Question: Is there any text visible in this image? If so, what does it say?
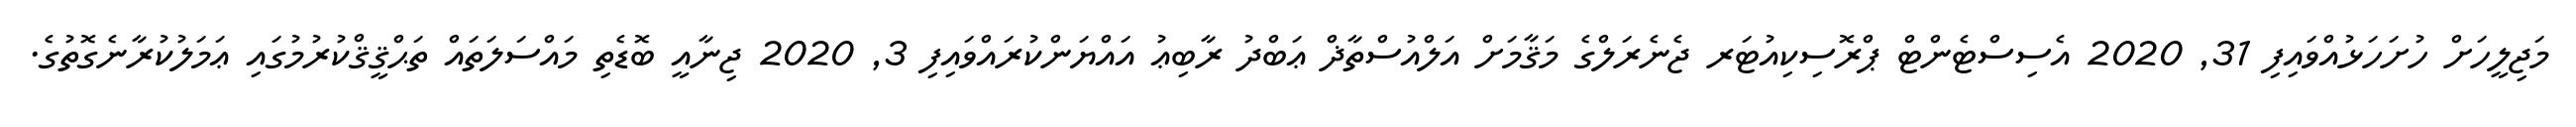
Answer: މަޖިލީހަށް ހުށަހަޅުއްވައިފި 31, 2020 އެސިސްޓެންޓް ޕްރޮސިކިއުޓަރ ޖެނެރަލްގެ މަޤާމަށް އަލްއުސްތާޛް ޢަބްދު ރާބިޢު އައްޔަންކުރައްވައިފި 3, 2020 ޖިނާއީ ބޮޑެތި މައްސަލަތައް ތަޙްޤީޤްކުރުމުގައި ޢަމަލުކުރާނެގޮތުގެ.